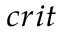
_ { c r i t }